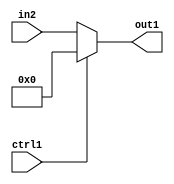
`timescale 1ps / 1ps
/*****************************************************************************
    Verilog RTL Description
    
    
    Created by: Stratus DpOpt 2019.1.01 
*******************************************************************************/

module st_weight_addr_gen_Muxi0u16u1_4_11 (
	in2,
	ctrl1,
	out1
	); /* architecture "behavioural" */ 
input [15:0] in2;
input  ctrl1;
output [15:0] out1;
wire [15:0] asc001;

reg [15:0] asc001_tmp_0;
assign asc001 = asc001_tmp_0;
always @ (ctrl1 or in2) begin
	case (ctrl1)
		1'B1 : asc001_tmp_0 = 16'B0000000000000000 ;
		default : asc001_tmp_0 = in2 ;
	endcase
end

assign out1 = asc001;
endmodule

/* CADENCE  uLjxSg4= : u9/ySgnWtBlWxVPRXgAZ4Og= ** DO NOT EDIT THIS LINE ******/